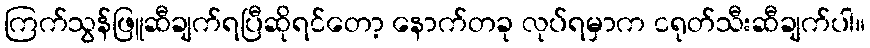
ကြက်သွန်ဖြူဆီချက်ရပြီဆိုရင်တော့ နောက်တခု လုပ်ရမှာက ငရုတ်သီးဆီချက်ပါ။